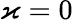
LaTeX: \varkappa=0